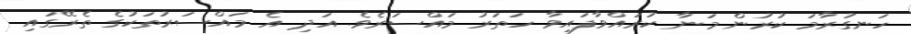
ހަނގުރާމަ ކުރުން މަނާ ކުރައްވާފައިވާ ހަތަރު މައްސަރެވެ. އަދި އެ މައްސަރުތަކުގެ ތެރޭގައި